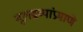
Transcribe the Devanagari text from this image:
मूलद्रव्यांप्रमाणे